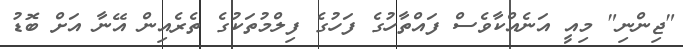
"ޖިންނި" މިއީ އަނެއްކާވެސް ފައްތާހުގެ ފަހުގެ ފިލްމުތަކުގެ ތެރެއިން އޭނާ އަށް ބޮޑު